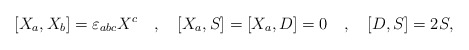
\begin{align*}[X_{a},X_{b}]=\varepsilon_{abc}X^{c} \quad,\quad{[}X_{a},S{]}={[}X_{a},D{]}=0 \quad,\quad {[}D,S{]}=2S,\end{align*}